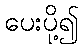
ပေးပို့၍